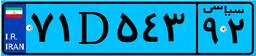
۷۱D۵۴۳۹۲